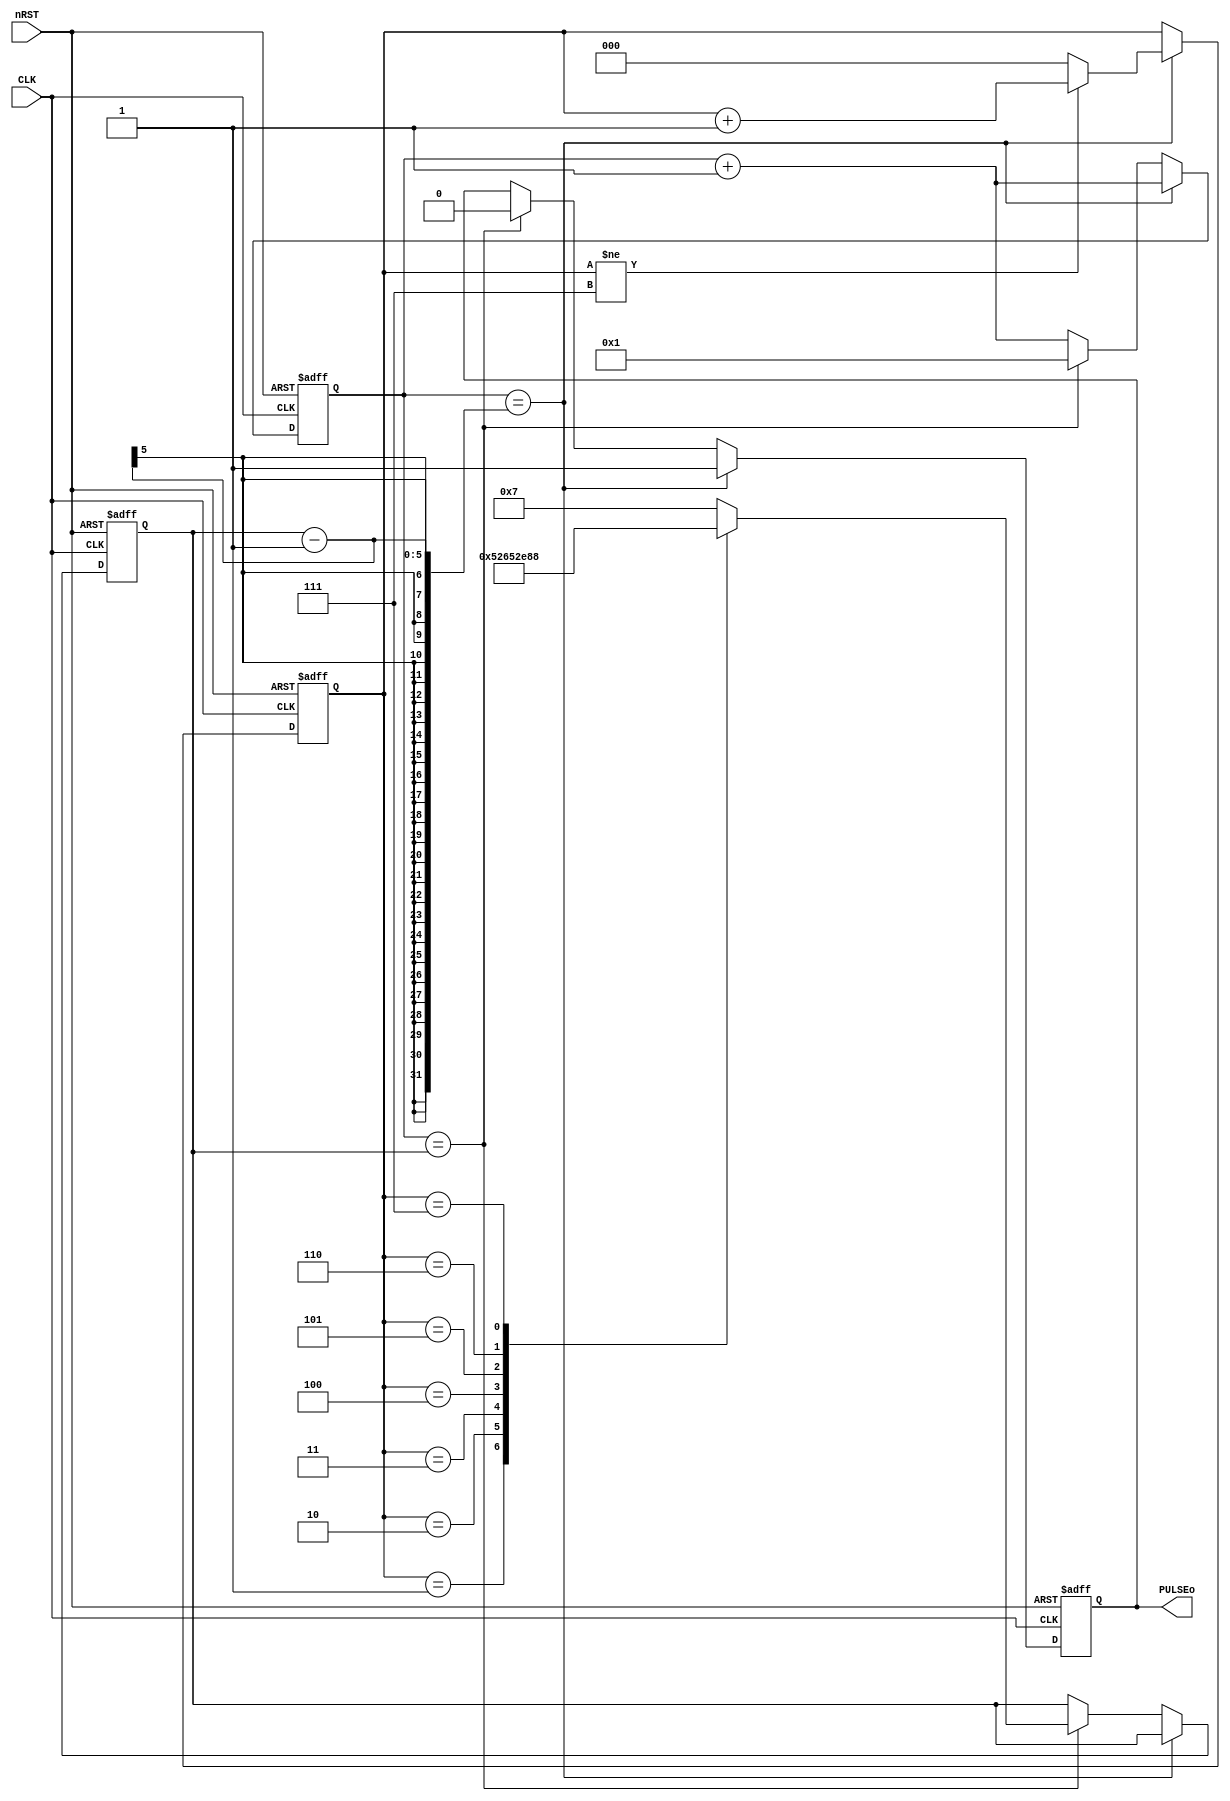
module PULSE_GEN (nRST, CLK, PULSEo);
    input nRST, CLK;
    output reg PULSEo;

    // : 7 1 9 6 10 11 20 8
    reg [4:0] cnt; // 20 .
    reg [4:0] target;
    reg [2:0] target_count;

    always @ ( negedge nRST, posedge CLK ) begin
        if(!nRST) begin
            cnt <= 1;
            PULSEo <= 0;
            target_count <= 0;
            target <= 7;
        end
        else begin
            if (cnt == target-1)begin
                cnt <= cnt +1;
                PULSEo <= 1;
                target_count <= (target_count != 7)? (target_count+1):(0);
            end
            else if(cnt == target) begin
                cnt <= 1;
                PULSEo <= 0;
                case (target_count)
                    3'b001: target <= 1;
                    3'b010: target <= 9;
                    3'b011: target <= 6;
                    3'b100: target <= 10;
                    3'b101: target <= 11;
                    3'b110: target <= 20;
                    3'b111: target <= 8;
                    default: target <= 7;
                endcase // * repeat

            end
            else cnt <= cnt + 1;
        end
    end
endmodule // module PULSE_GEN (nRST, CLK, PULSEo);